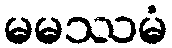
မမဿမံ